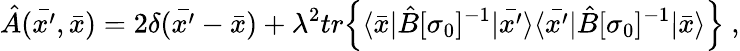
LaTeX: {\hat{A}}(\bar{x^{\prime}},{\bar{x}})=2\delta(\bar{x^{\prime}}-{\bar{x}})+\lambda^{2}tr{\Big\{ }\langle\bar{x}|{\hat{B}}[\sigma_{0}]^{-1}|\bar{x^{\prime}}\rangle\langle\bar{x^{\prime}}|{\hat{B}}[\sigma_{0}]^{-1}|\bar{x}\rangle{\Big\} }\ ,